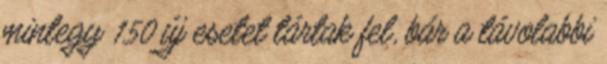
mintegy 150 új esetet tártak fel, bár a távolabbi